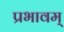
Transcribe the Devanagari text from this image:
प्रभावम्